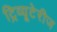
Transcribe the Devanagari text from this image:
ट्रिव्यूटेरीज